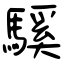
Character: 騱